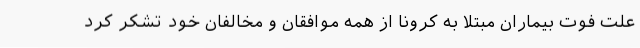
علت فوت بیماران مبتلا به کرونا از همه موافقان و مخالفان خود تشکر کرد